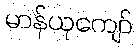
မာန်ယုကျော်